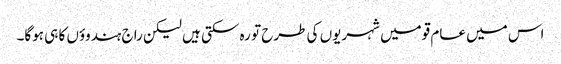
اس میں عام قومیں شہریوں کی طرح تو رہ سکتی ہیں لیکن راج ہندوؤں کا ہی ہوگا۔